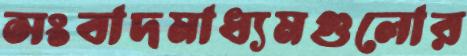
সংবাদমাধ্যমগুলোর